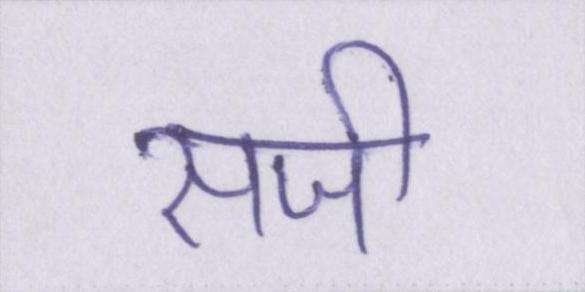
सजी